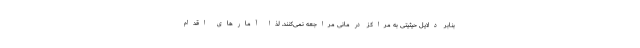
بنابر دلایل حیثیتی به مراکز درمانی مراجعه نمی‌کنند. لذا آمارهای اقدام